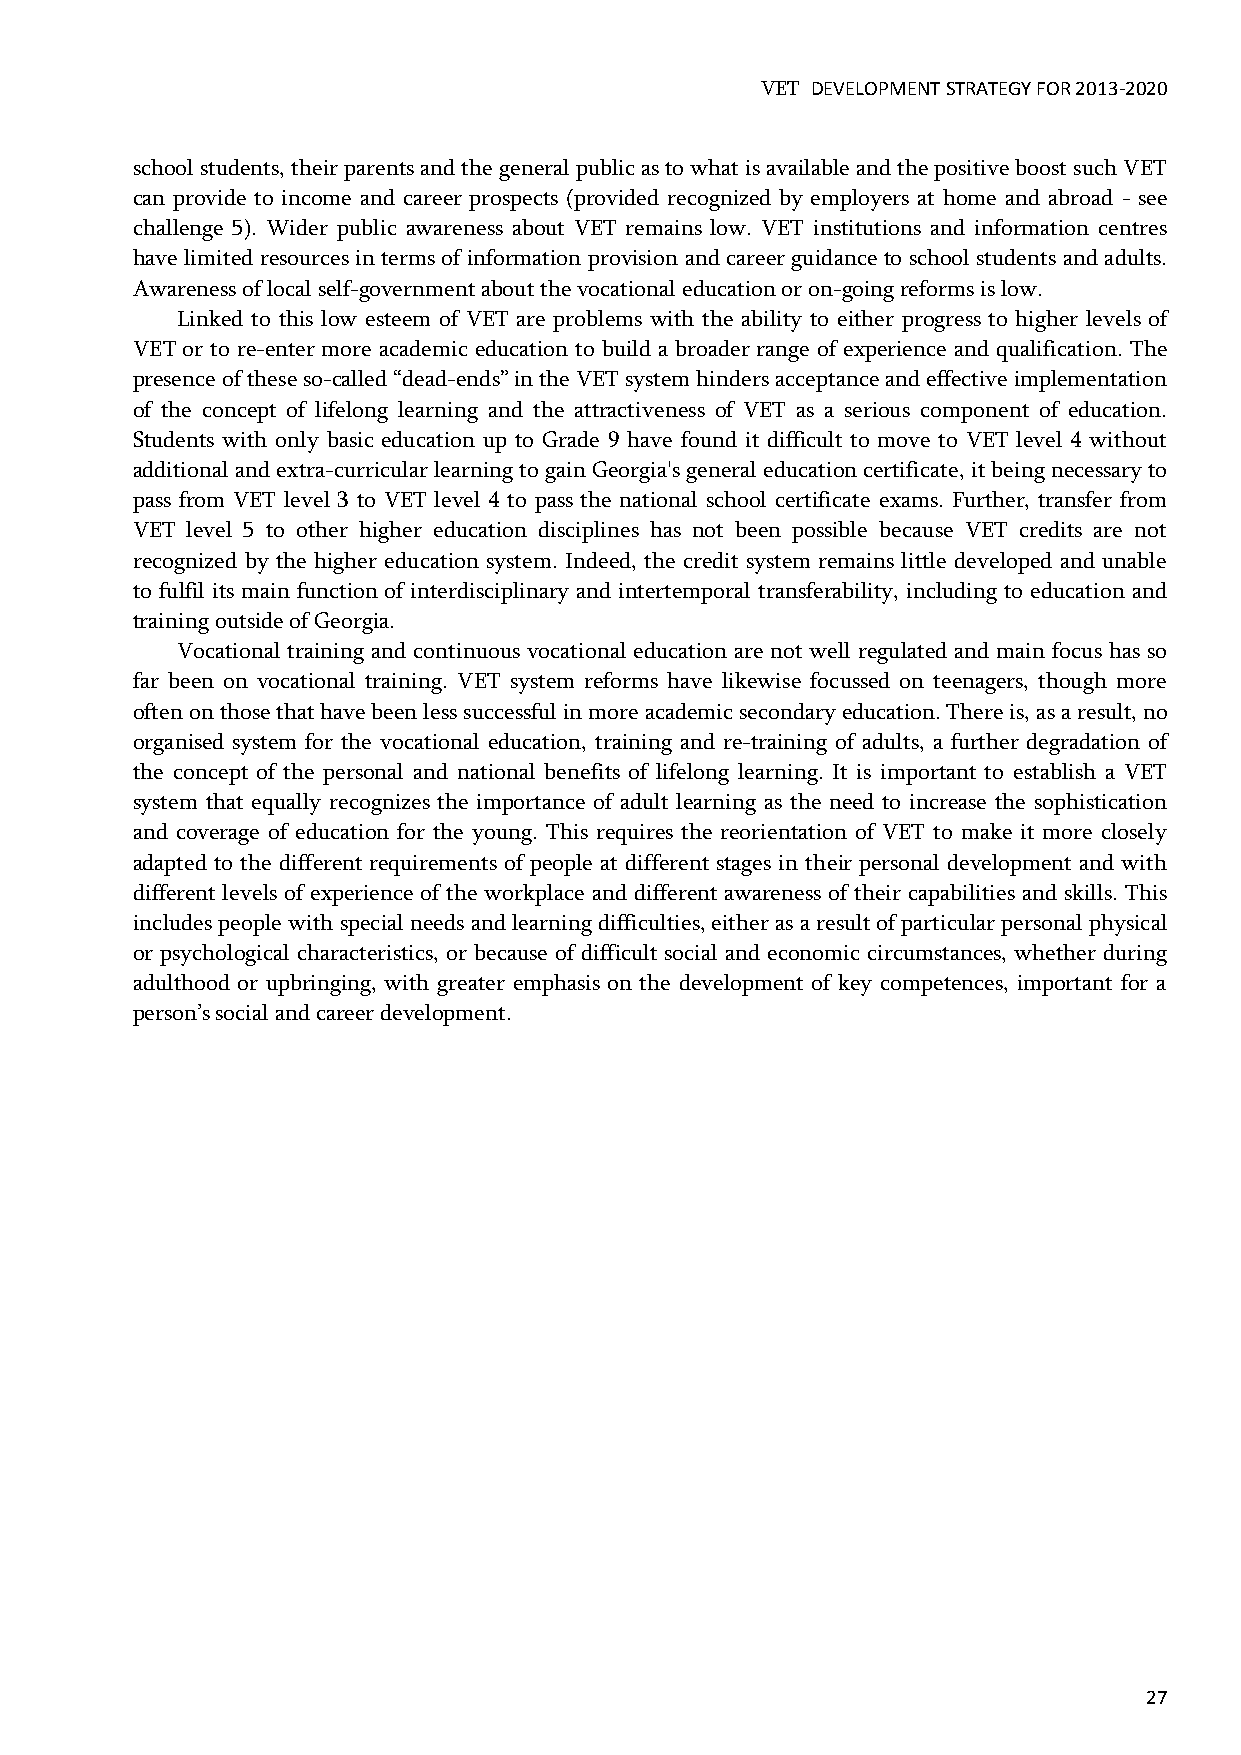
VET DEVELOPMENT STRATEGY FOR 2013-2020
 school students, their parents and the general public as to what is available and the positive boost such VET
 can provide to income and career prospects (provided recognized by employers at home and abroad - see
 challenge 5). Wider public awareness about VET remains low. VET institutions and information centres
 have limited resources in terms of information provision and career guidance to school students and adults.
 Awareness of local self-government about the vocational education or on-going reforms is low.
 Linked to this low esteem of VET are problems with the ability to either progress to higher levels of
 VET or to re-enter more academic education to build a broader range of experience and qualification. The
 presence of these so-called “dead-ends” in the VET system hinders acceptance and effective implementation
 of the concept of lifelong learning and the attractiveness of VET as a serious component of education.
 Students with only basic education up to Grade 9 have found it difficult to move to VET level 4 without
 additional and extra-curricular learning to gain Georgia's general education certificate, it being necessary to
 pass from VET level 3 to VET level 4 to pass the national school certificate exams. Further, transfer from
 VET level 5 to other higher education disciplines has not been possible because VET credits are not
 recognized by the higher education system. Indeed, the credit system remains little developed and unable
 to fulfil its main function of interdisciplinary and intertemporal transferability, including to education and
 training outside of Georgia.
 Vocational training and continuous vocational education are not well regulated and main focus has so
 far been on vocational training. VET system reforms have likewise focussed on teenagers, though more
 often on those that have been less successful in more academic secondary education. There is, as a result, no
 organised system for the vocational education, training and re-training of adults, a further degradation of
 the concept of the personal and national benefits of lifelong learning. It is important to establish a VET
 system that equally recognizes the importance of adult learning as the need to increase the sophistication
 and coverage of education for the young. This requires the reorientation of VET to make it more closely
 adapted to the different requirements of people at different stages in their personal development and with
 different levels of experience of the workplace and different awareness of their capabilities and skills. This
 includes people with special needs and learning difficulties, either as a result of particular personal physical
 or psychological characteristics, or because of difficult social and economic circumstances, whether during
 adulthood or upbringing, with greater emphasis on the development of key competences, important for a
 person’s social and career development.
 27